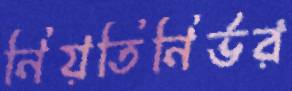
নিয়তিনির্ভর